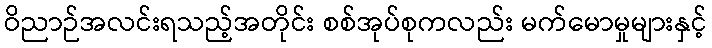
ဝိညာဉ်အလင်းရသည့်အတိုင်း စစ်အုပ်စုကလည်း မက်မောမှုများနှင့်